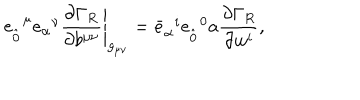
e _ { \hat { 0 } } ^ { \; \; \mu } e _ { \alpha } ^ { \; \; \nu } \left. \frac { \partial \Gamma _ { R } } { \partial b ^ { \mu \nu } } \right| _ { g _ { \mu \nu } } = { \bar { e } } _ { \alpha } ^ { \; \; i } { e } _ { \hat { 0 } } ^ { \; \; 0 } a \frac { \partial \Gamma _ { R } } { \partial w ^ { i } } ,